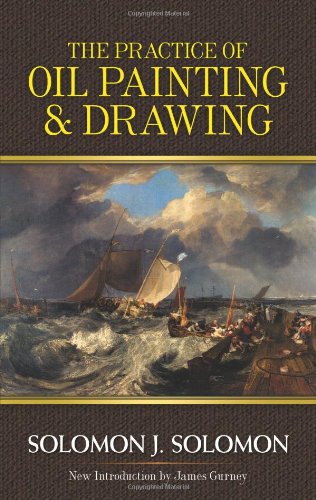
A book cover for The Practice of Oil Painting and Drawing (Dover Art Instruction); Solomon J. Solomon; Arts & Photography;